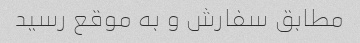
مطابق سفارش و به موقع رسید